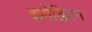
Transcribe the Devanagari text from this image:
कमेडियन